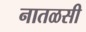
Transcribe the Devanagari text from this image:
नातळसी